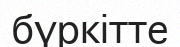
бүркітте